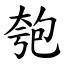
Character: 匏